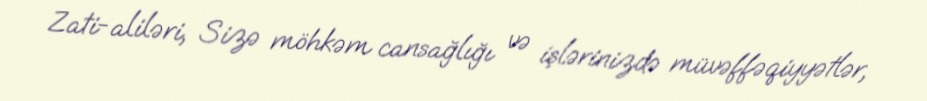
Zati-aliləri, Sizə möhkəm cansağlığı və işlərinizdə müvəffəqiyyətlər,